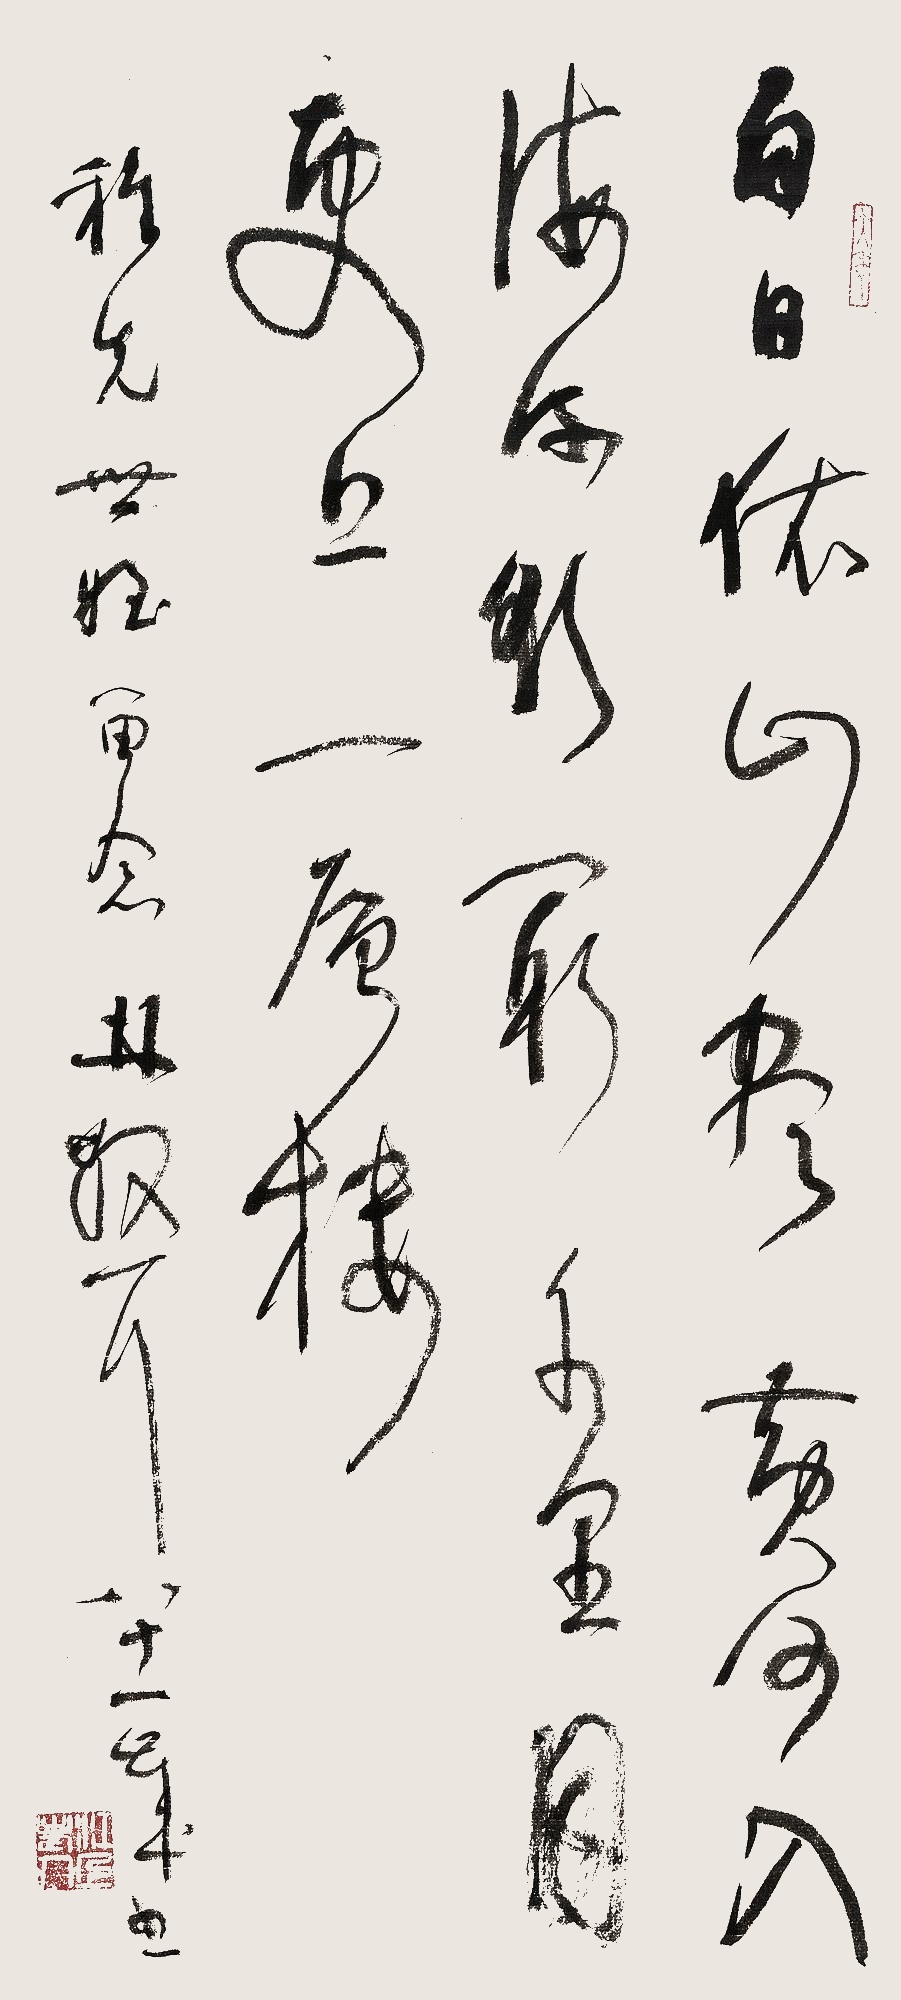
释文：白日依山尽，黄河入海流。欲穷千里目，更上一层楼。稚先世侄留念，林散耳。八十一岁书。